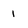
Character: I